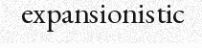
expansionistic